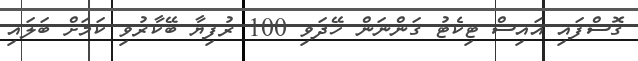
ގޮސްފައި އައިސް ޓިކެޓު ގަންނަން ހޭދަވި 100 ރުފިޔާ ބޭކާރުވި ކަމަށް ބަލައި